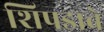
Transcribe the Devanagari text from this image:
शिपडावे